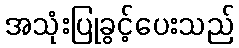
အသုံးပြုခွင့်ပေးသည်